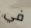
في